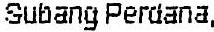
SUBANG PERDANA,